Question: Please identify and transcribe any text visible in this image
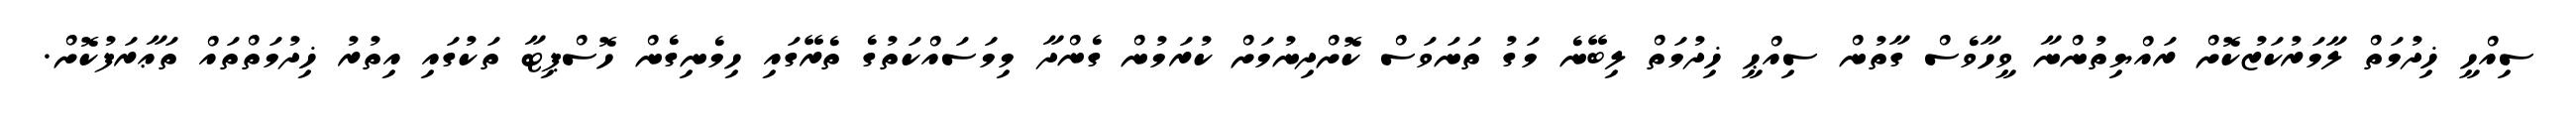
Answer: ސިއްހީ ޚިދުމަތް ލާމަރުކަޒުކޮށް ރައްޔިތުންނާ ވީހާވެސް ގާތުން ސިއްޙީ ޚިދުމަތް ލިބޭނެ މަގު ތަނަވަސް ކޮށްދިނުމަށް ކުރަމުން ގެންދާ މިމަސައްކަތުގެ ތެރޭގައި ހިމެނިގެން ހޮސްޕިޓާ ތަކުގައި އިތުރު ޚިދުމަތްތައް ތަޢާރަފުކޮށް.